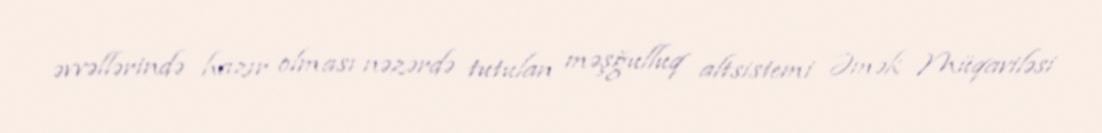
əvvəllərində hazır olması nəzərdə tutulan məşğulluq altsistemi Əmək Müqaviləsi